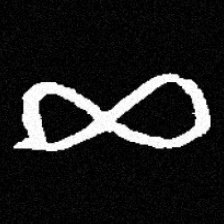
Pyu character \u2014 Myanmar letter: ဆ (romanized: cha)